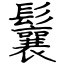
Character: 鬤